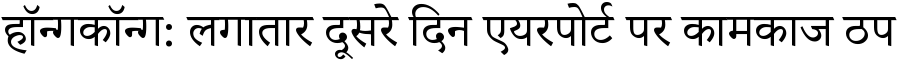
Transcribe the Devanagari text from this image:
हॉन्गकॉन्ग: लगातार दूसरे दिन एयरपोर्ट पर कामकाज ठप